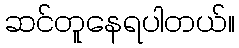
ဆင်တူနေရပါတယ်။